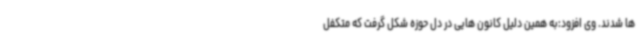
ها شدند. وی افزود:به همین دلیل کانون هایی در دل حوزه شکل گرفت که متکفل